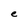
Character: e